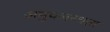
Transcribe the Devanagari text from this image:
अनुपलब्‍धता